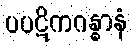
ပပဋိကဂန္ဓာနံ